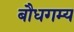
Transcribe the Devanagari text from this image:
बौधगम्य